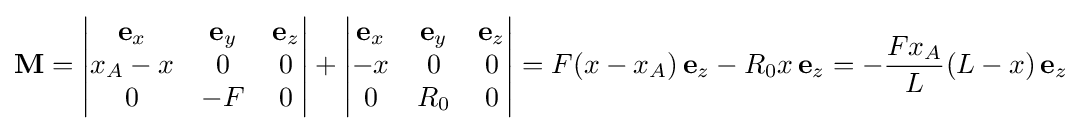
\mathbf {M} =\left|{\begin{matrix}\mathbf {e} _{x}&\mathbf {e} _{y}&\mathbf {e} _{z}\\x_{A}-x&0&0\\0&-F&0\end{matrix}}\right|+\left|{\begin{matrix}\mathbf {e} _{x}&\mathbf {e} _{y}&\mathbf {e} _{z}\\-x&0&0\\0&R_{0}&0\end{matrix}}\right|=F(x-x_{A})\,\mathbf {e} _{z}-R_{0}x\,\mathbf {e} _{z}=-{\frac {Fx_{A}}{L}}(L-x)\,\mathbf {e} _{z}